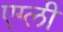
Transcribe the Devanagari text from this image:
एग्ली